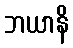
ဘယာနိ